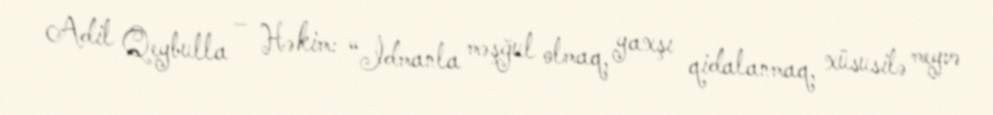
Adil Qeybulla – Həkim: “İdmanla məşğul olmaq, yaxşı qidalanmaq, xüsusilə meyvə